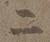
二